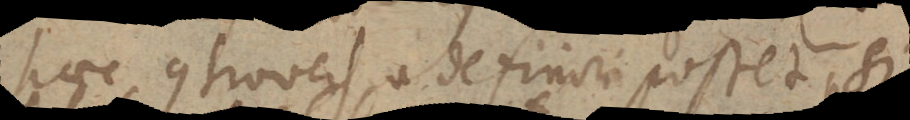
haec controversia definiri posset, si